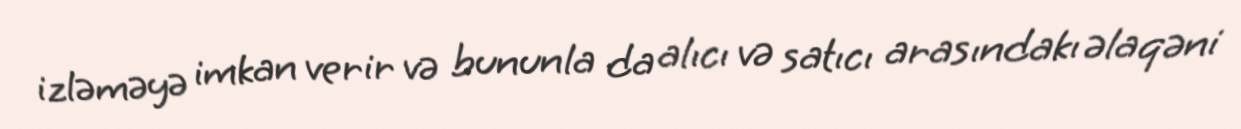
izləməyə imkan verir və bununla da alıcı və satıcı arasındakı əlaqəni